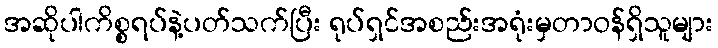
အဆိုပါကိစ္စရပ်နဲ့ပတ်သက်ပြီး ရုပ်ရှင်အစည်းအရုံးမှတာဝန်ရှိသူများ